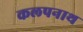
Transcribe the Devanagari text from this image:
कलपनाथ